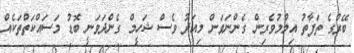
ބޭރުގެ ތަފާތު އިލްމުވެރިން ގެންނަވަން މިއަދު ވެސް ޝަހީމް ގެންދަވަނީ ބޮޑު މަސައްކަތްތަކެއް